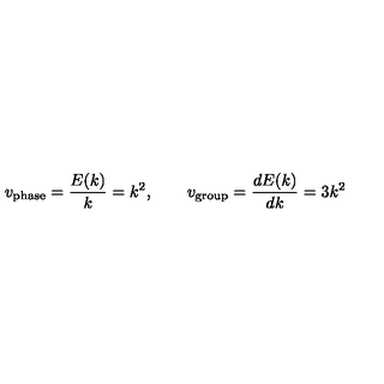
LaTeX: v _ { \mathrm { p h a s e } } = { \frac { E ( k ) } { k } } = k ^ { 2 } , \qquad v _ { \mathrm { g r o u p } } = { \frac { d E ( k ) } { d k } } = 3 k ^ { 2 }